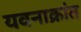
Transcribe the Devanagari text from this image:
यवनाक्रांत